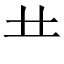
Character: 龷